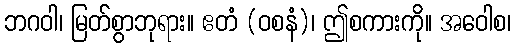
ဘဂဝါ၊ မြတ်စွာဘုရား။ ဧတံ (ဝစနံ)၊ ဤစကားကို။ အဝေါစ၊